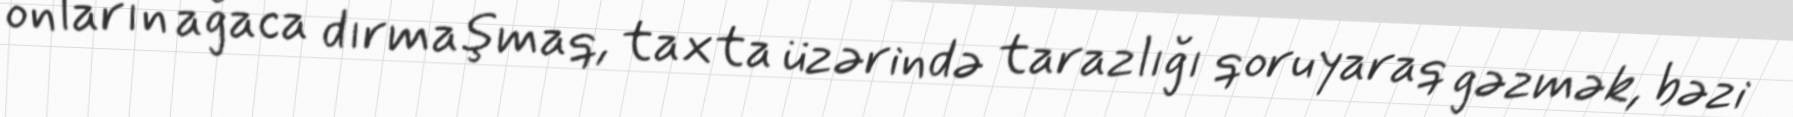
onların ağaca dırmaşmaq, taxta üzərində tarazlığı qoruyaraq gəzmək, bəzi